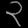
Digit: ၃